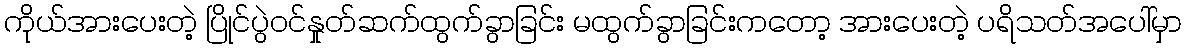
ကိုယ်အားပေးတဲ့ ပြိုင်ပွဲဝင်နှုတ်ဆက်ထွက်ခွာခြင်း မထွက်ခွာခြင်းကတော့ အားပေးတဲ့ ပရိသတ်အပေါ်မှာ